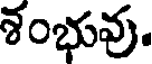
శంభువు.